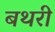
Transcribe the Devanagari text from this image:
बथरी